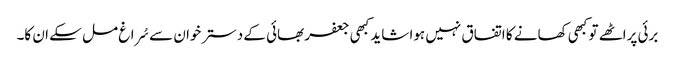
برئی پراٹھے تو کبھی کھانے کا اتفاق نہیں ہوا شاید کبھی جعفر بھائی کے دسترخوان سے سُراغ مل سکے ان کا۔